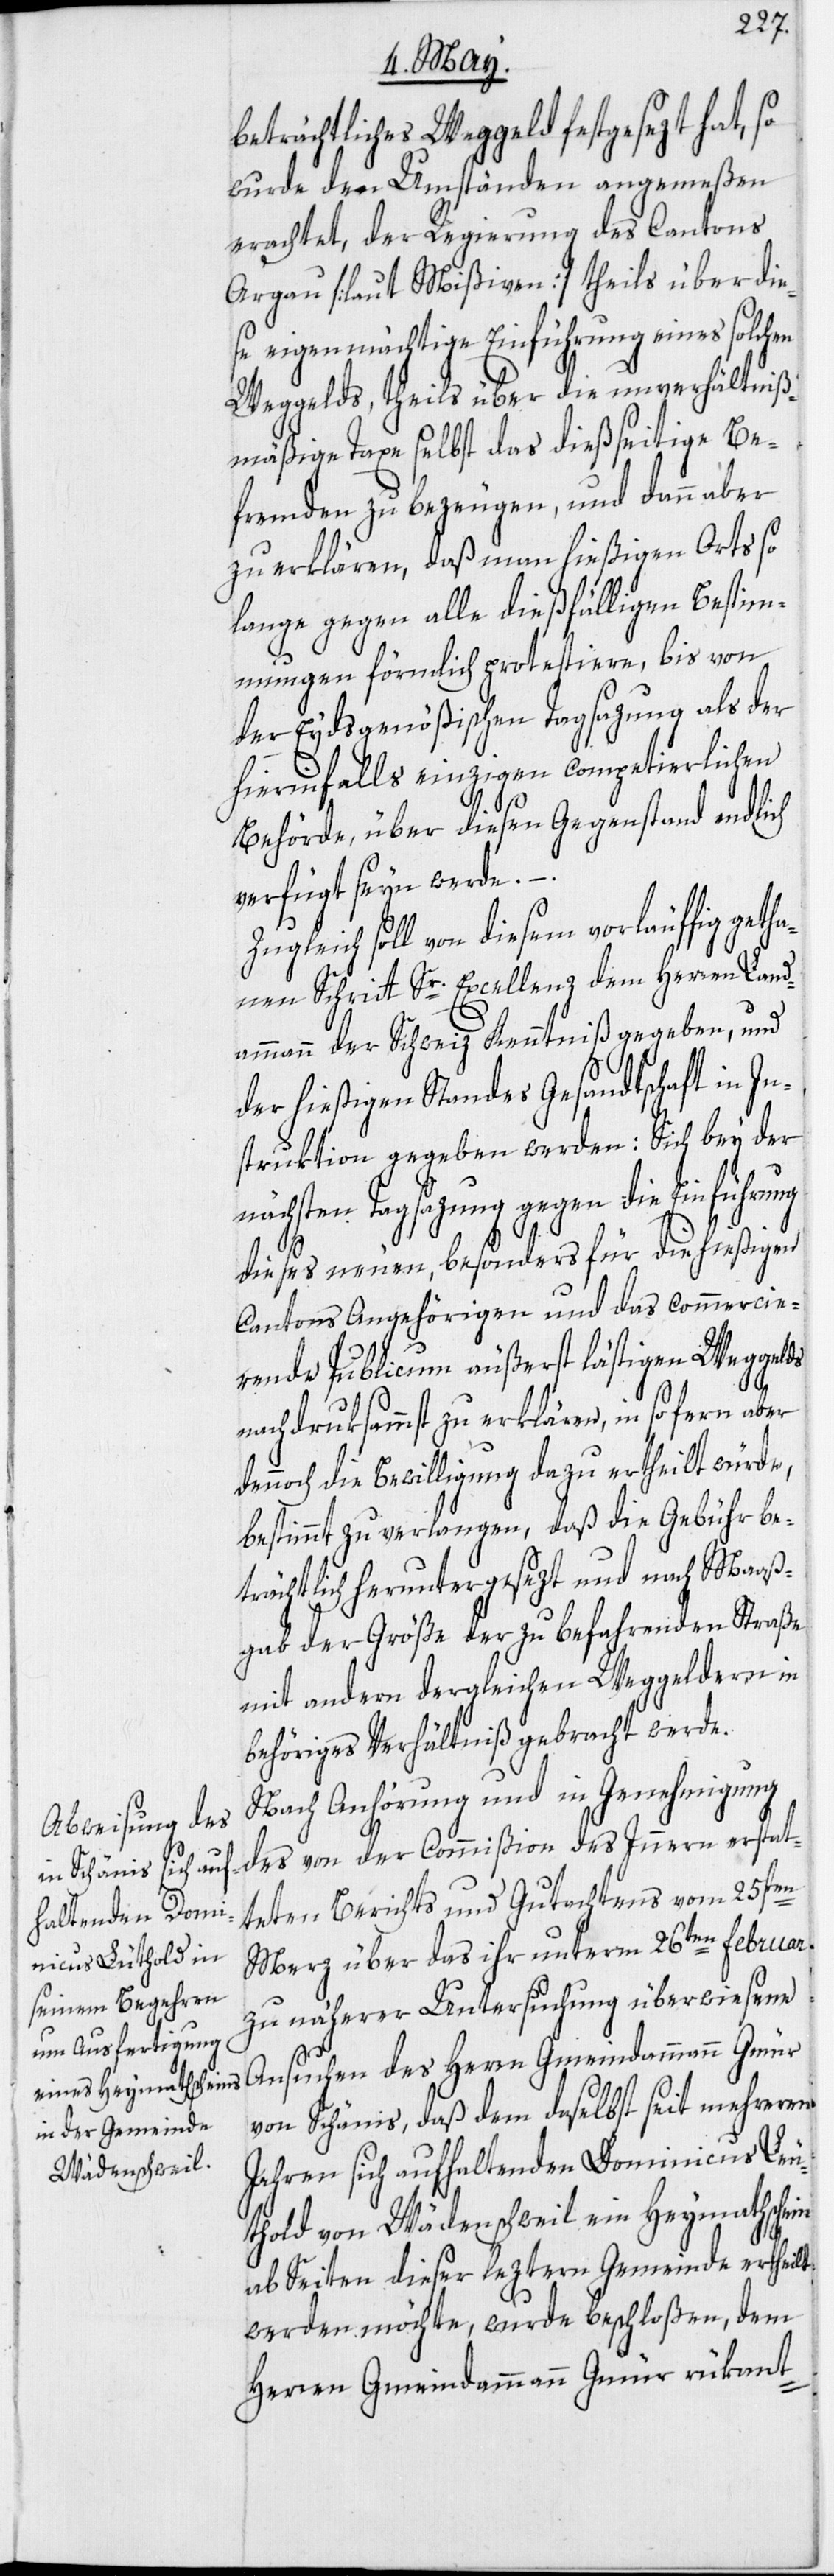
beträchtliches Weggeld festgesezt hat, so
wurde den Umständen angemeßen
erachtet, der Regierung des Cantons
Argau [laut Mißiven] theils über die¬
se eigenmächtige Einführung eines solchen
Weggelds, theils über die unverhältniß¬
mäßige Taxe selbst das dießseitige Be¬
fremden zu bezeugen, und dann aber
zu erklären, daß man hießigen Orts so
lange gegen alle dießfälligen Bestim¬
mungen förmlich protestiere, bis von
der Eydsgenößischen Tagsazung als der
hierinfalls einzigen competierlichen
Behörde, über diesen Gegenstand endlich
verfügt seyn werde.
Zugleich soll von diesem vorläuffig geth¬
anen Schritt Sr. Excellenz dem Herren Land¬
ammann der Schweiz Kenntniß gegeben, und
der hießigen Standes Gesandtschaft in In¬
struktion gegeben werden: Sich bey der
nächsten Tagsazung gegen die Einführung
dieses neuen, besonders für die hießigen
Cantons Angehörigen und das commercie¬
rende Publicum äußerst lästigen Weggelds
nachdruksammst zu erklären, in so fern aber
dennoch die Bewilligung dazu ertheilt würde,
bestimmt zu verlangen, daß die Gebühr be¬
trächtlich heruntergesezt und nach Maaß¬
gab der Größe der zu befahrenden Straße
mit andern dergleichen Weggeldern in
behöriges Verhältniß gebracht werde.
Nach Anhörung und in Genehmigung
des von der Commißion des Innern erstat¬
teten Berichts und Gutachtens vom 25sten
Merz über das ihr unterm 26ten Februar
zu näherer Untersuchung überwiesene
Ansuchen des Herrn Gemeindammann Gmür
von Schänis, daß dem daselbst seit mehreren
Jahren sich aufhaltenden Dominicus
[sic!] von Wädenschweil ein Heymathschein
ab Seiten dieser leztern Gemeinde ertheilt
werden möchte, wurde beschloßen, dem
Herren Gemeindammann Gmür rükant-